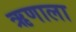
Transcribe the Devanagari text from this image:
ऋणाला